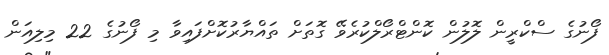
ފޯނުގެ ސްކްރީން ލޮލުން ކޮންޓްރޯލްކުރެވޭ ގޮތަށް ތައްޔާރުކޮށްފައިވާ މި ފޯނުގެ 22 މިލިއަން